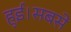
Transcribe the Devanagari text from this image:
हुई।सबसे